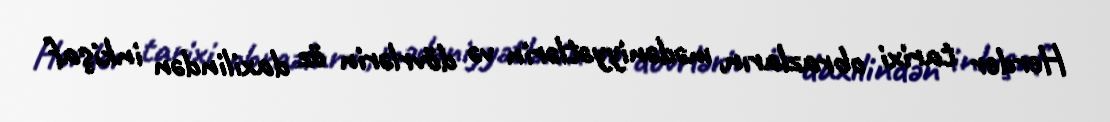
Herder tarixi obrazların, mədəniyyətlərin və dövrlərin öz daxilindən inkişaf